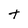
Character: t